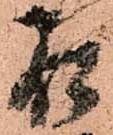
石